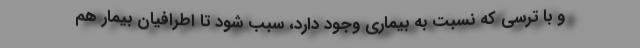
و با ترسی که نسبت به بیماری وجود دارد، سبب شود تا اطرافیان بیمار هم